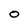
Character: O